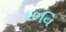
છવિ